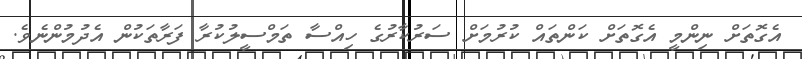
އެގޮތަށް ނިންމީ އެގޮތަށް ކަންތައް ކުރުމަށް ސަރުކާރުގެ ހިއްސާ ތަމްސީލުކުރާ ފަރާތަކުން އެދުމުންނެވެ.